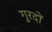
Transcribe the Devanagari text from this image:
गुरदों